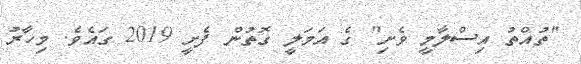
"ތުއްތު އިސްލާމީ ވެށި" ގެ އަމަލީ ގޮތުން ފެށީ 2019 ގައެވެ. މިހާރު